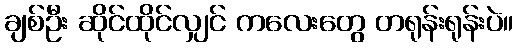
ချစ်ဦး ဆိုင်ထိုင်လျှင် ကလေးတွေ တရုန်းရုန်းပဲ။